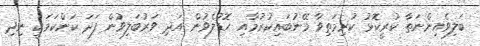
ބަލިވެއިންނަތާ ކުރީކޮޅު ކުރިމަތިވާ މޭނުބައިކުރުމާއި ހޮޑުލެވުން އަދި ވަރުބަލިވުން ފަދަ ކަންކަމަކީ ނިދި